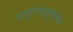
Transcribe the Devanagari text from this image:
वाङ्मयसूचीचे